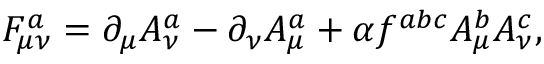
F _ { \mu \nu } ^ { a } = \partial _ { \mu } A _ { \nu } ^ { a } - \partial _ { \nu } A _ { \mu } ^ { a } + \alpha f ^ { a b c } A _ { \mu } ^ { b } A _ { \nu } ^ { c } ,